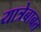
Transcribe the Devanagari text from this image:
यात्रेबाबत